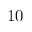
1 0